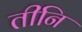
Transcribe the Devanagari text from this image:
तीनि